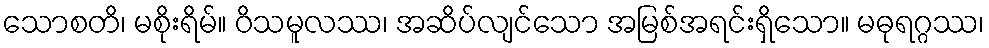
သောစတိ၊ မစိုးရိမ်။ ဝိသမူလဿ၊ အဆိပ်လျင်သော အမြစ်အရင်းရှိသော။ မဓုရဂ္ဂဿ၊